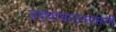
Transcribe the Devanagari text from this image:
उद्‌घाघाटनप्रसंगी